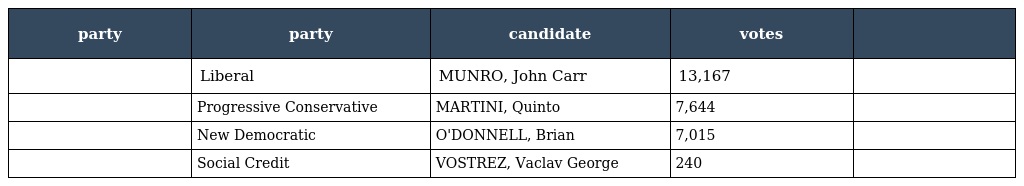
| party | party | candidate | votes |  |
 | --- | --- | --- | --- | --- |
 |  | Liberal | MUNRO, John Carr | 13,167 |  |
 |  | Progressive Conservative | MARTINI, Quinto | 7,644 |  |
 |  | New Democratic | O'DONNELL, Brian | 7,015 |  |
 |  | Social Credit | VOSTREZ, Vaclav George | 240 |  |